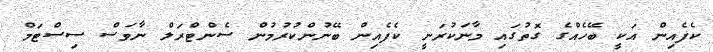
ކެފެއިން އަކީ ބޭހެއްގެ ގޮތުގައި މާނަކުރަނީ ކެފެއިން ބޭނުންކުރުމުން ސެންޓްރަލް ނާވަސް ސިސްޓަމް